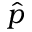
\hat { p }